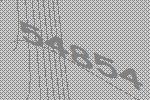
54854